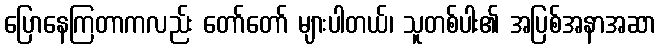
ပြောနေကြတာကလည်း တော်တော် များပါတယ်၊ သူတစ်ပါး၏ အပြစ်အနာအဆာ